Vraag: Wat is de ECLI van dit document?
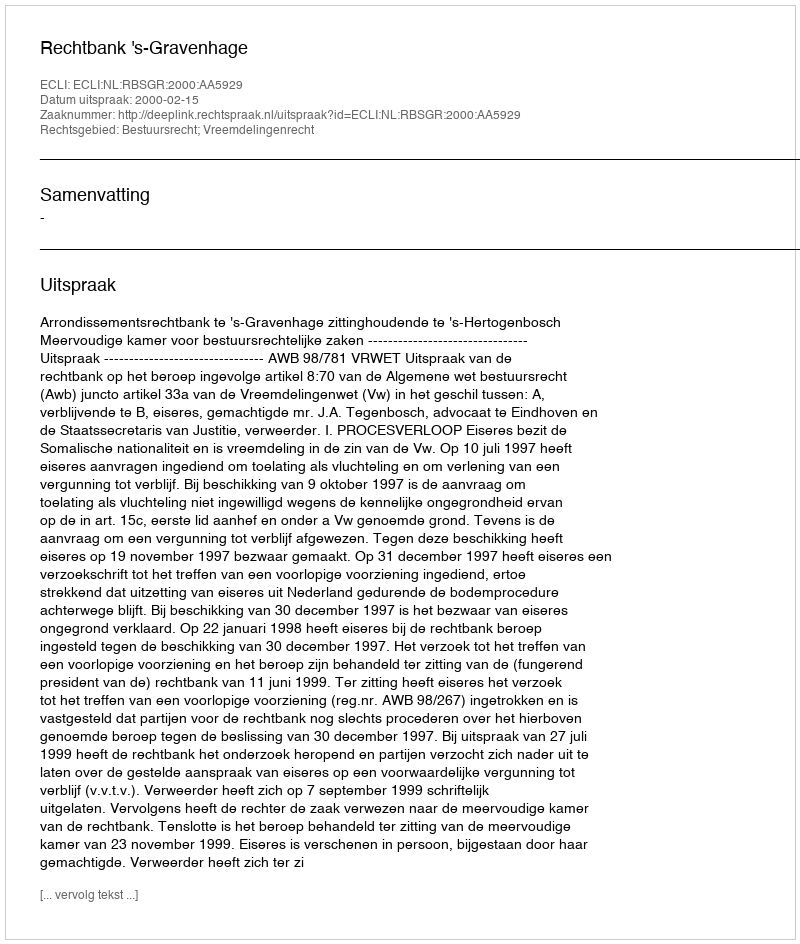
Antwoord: ECLI:NL:RBSGR:2000:AA5929